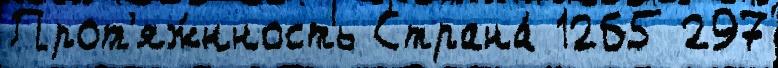
Прот'яж́нность Страна́ 1265 297